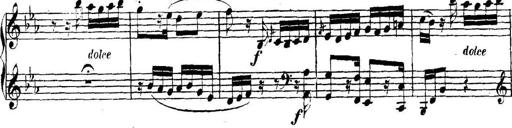
Title: Collected Piano Sonatas
Composer: Muzio Clementi